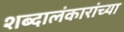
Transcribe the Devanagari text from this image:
शब्दालंकारांच्या